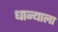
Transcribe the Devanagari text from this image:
धान्याला